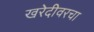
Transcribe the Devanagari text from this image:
खरेदीवरचा